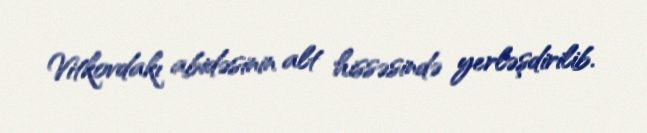
Vitkovdakı abidəsinin alt hissəsində yerləşdirilib.